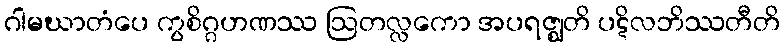
ဂါမဃာတံပေ ကွစိဂ္ဂဟဏဿ ဩတလ္လကော အပရဇ္ဈတိ ပဋိလဘိဿတီတိ